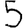
Digit: 5